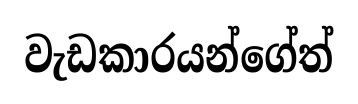
වැඩකාරයන්ගේත්